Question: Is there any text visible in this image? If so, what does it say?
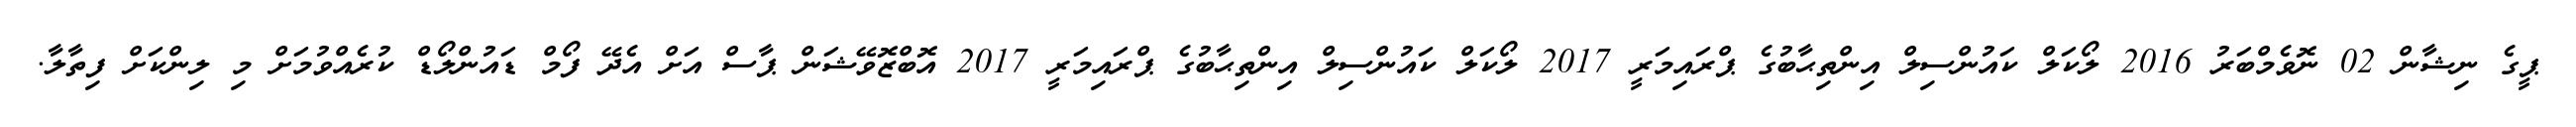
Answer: ޕީގެ ނިޝާން 02 ނޮވެމްބަރު 2016 ލޯކަލް ކައުންސިލް އިންތިޙާބުގެ ޕްރައިމަރީ 2017 ލޯކަލް ކައުންސިލް އިންތިޙާބުގެ ޕްރައިމަރީ 2017 އޮބްޒޮވޭޝަން ޕާސް އަށް އެދޭ ފޯމް ޑައުންލޯޑް ކުރެއްވުމަށް މި ލިންކަށް ފިތާލާ.